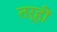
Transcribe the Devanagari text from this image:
तऱ्हीं